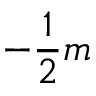
- \frac { 1 } { 2 } m